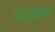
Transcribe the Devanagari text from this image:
चन्द्रायण